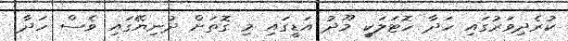
ކުރެދިވަރުގައި ހަދާ ހޮޓަލަކީ މޫދު އަޑީގައި މި ގޮތަށް ދުނިޔޭގައި ވެސް ހަދާ